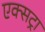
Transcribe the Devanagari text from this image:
एक्‍सट्रा